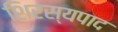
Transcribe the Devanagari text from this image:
शिरस्यपाद